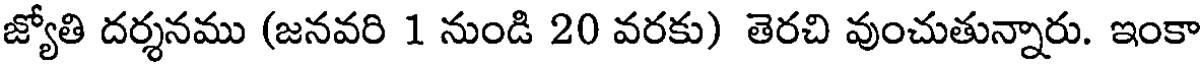
జ్యోతి దర్శనము (జనవరి 1 నుండి 20 వరకు) తెరచి వుంచుతున్నారు. ఇంకా